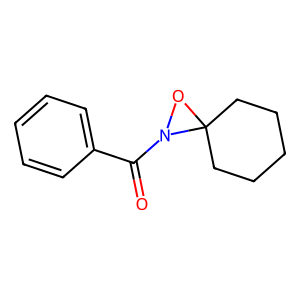
SMILES: O=C(c1ccccc1)N1OC12CCCCC2
Inhibits HIV replication: No